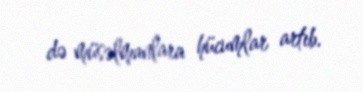
də müsəlmanlara hücumlar artıb.